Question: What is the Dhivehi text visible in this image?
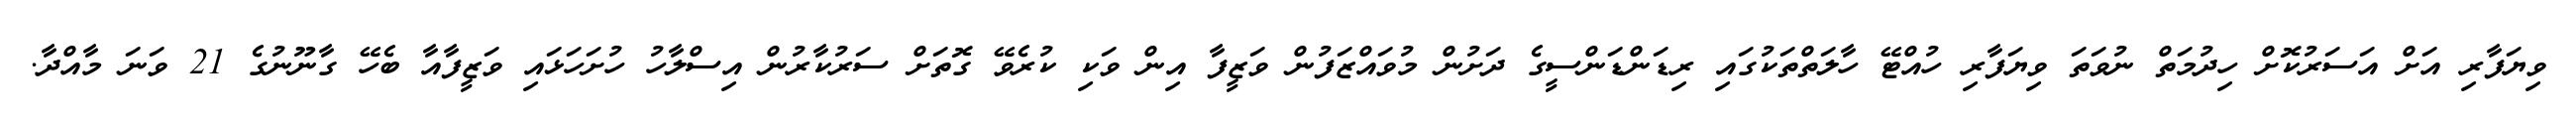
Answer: ވިޔަފާރި އަށް އަސަރުކޮށް ހިދުމަތް ނުވަތަ ވިޔަފާރި ހުއްޓޭ ހާލަތްތަކުގައި ރިޑަންޑަންސީގެ ދަށުން މުވައްޒަފުން ވަޒީފާ އިން ވަކި ކުރެވޭ ގޮތަށް ސަރުކާރުން އިސްލާހު ހުށަހަޅައި ވަޒީފާއާ ބެހޭ ގާނޫނުގެ 21 ވަނަ މާއްދާ.